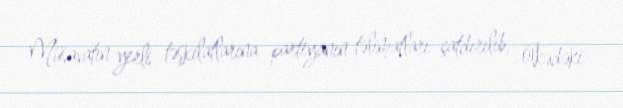
Müsavatın yerli təşkilatlarına partiyanın təlimatları çatdırılıb, ölkədəki